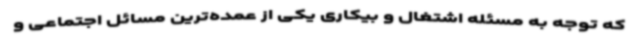
که توجه به مسئله اشتغال و بیکاری یکی از عمده‌ترین مسائل اجتماعی و